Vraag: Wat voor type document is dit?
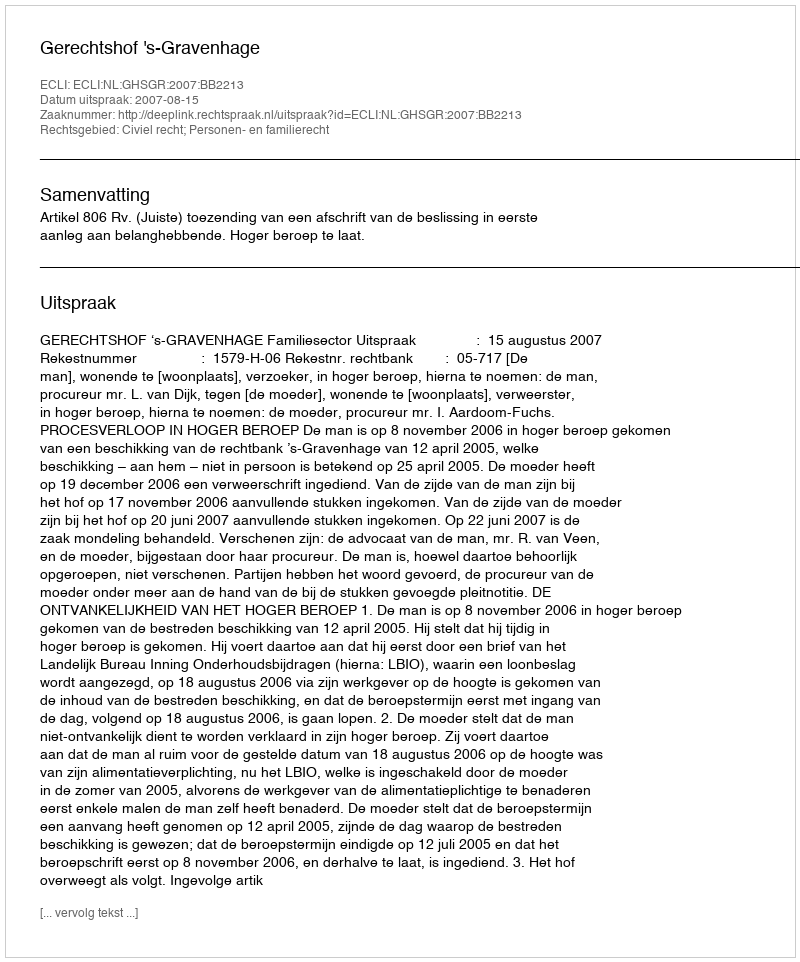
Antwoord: Uitspraak